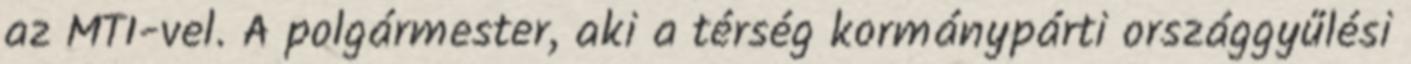
az MTI-vel. A polgármester, aki a térség kormánypárti országgyűlési